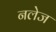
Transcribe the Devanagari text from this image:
नलेज